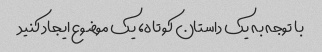
با توجه به یک داستان کوتاه، یک موضوع ایجاد کنید